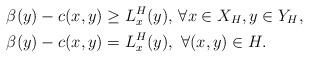
LaTeX: \begin{align*}\beta(y)- c(x, y) &\geq L^H_x(y),\, \forall x\in X_H, y \in Y_H, \\\beta(y)- c(x, y) &= L^H_x(y), \,\, \forall (x,y) \in H.\end{align*}